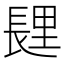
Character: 𰿏